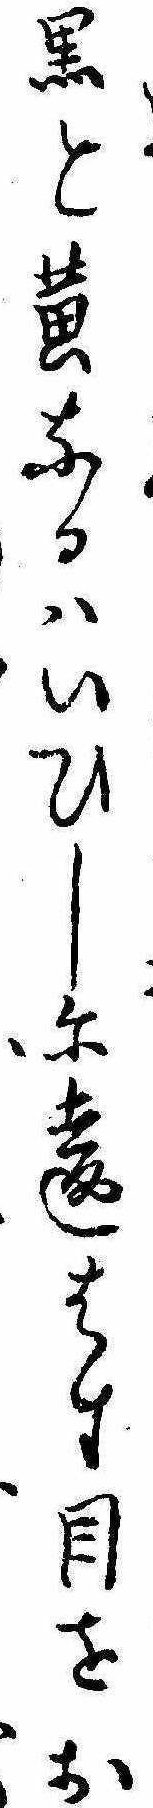
黒と黄なるはいひしに違はす目をお